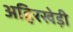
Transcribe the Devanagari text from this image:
अहिरखेड़ी